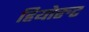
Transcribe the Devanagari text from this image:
हियोरुट